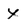
Character: x